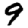
Digit: 9